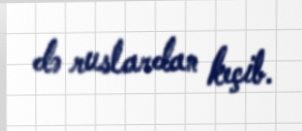
də ruslardan keçib.